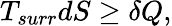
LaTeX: T_{surr}dS\geq\delta Q,